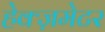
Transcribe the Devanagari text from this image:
हेक्ज़मेटर